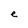
Character: e